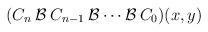
LaTeX: \begin{align*}(C_n \:{\cal{B}} \:C_{n-1}\: {\cal{B}} \cdots {\cal{B}} \:C_0)(x,y) \end{align*}